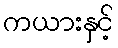
ကယားနှင့်